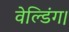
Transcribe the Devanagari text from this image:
वेल्डिंग।